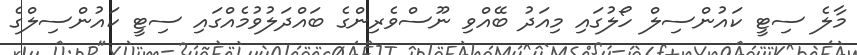
މާލެ ސިޓީ ކައުންސިލް ހޯލުގައި މިއަދު ބޭއްވި ނޫސްވެރިންގެ ބައްދަލުވުމެއްގައި ސިޓީ ކައުންސިލްގެ